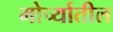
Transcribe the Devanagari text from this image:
मोर्च्यातील